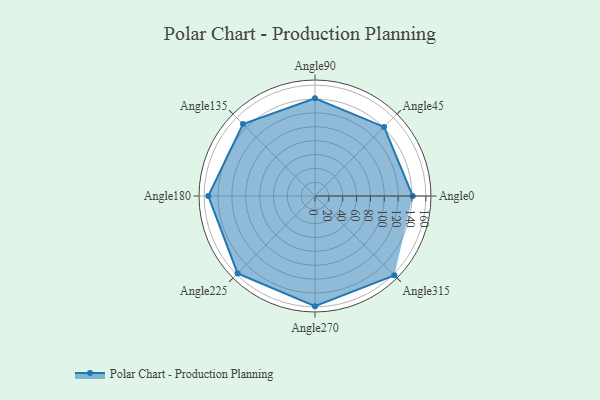
{"axis": {"x": "Angle", "y": "Radius"}, "legend": [""], "data": [{"x": "Angle0", "y": 141.0, "type": ""}, {"x": "Angle45", "y": 141.0, "type": ""}, {"x": "Angle90", "y": 141.0, "type": ""}, {"x": "Angle135", "y": 147.0, "type": ""}, {"x": "Angle180", "y": 154.0, "type": ""}, {"x": "Angle225", "y": 158.0, "type": ""}, {"x": "Angle270", "y": 159.0, "type": ""}, {"x": "Angle315", "y": 162.0, "type": ""}]}